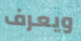
ويعرف